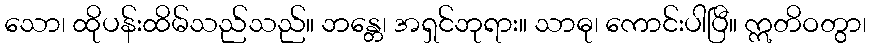
သော၊ ထိုပန်းထိမ်သည်သည်။ ဘန္တေ၊ အရှင်ဘုရား။ သာဓု၊ ကောင်းပါပြီ။ ဣတိဝတွာ၊